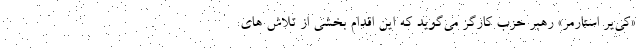
«کی‌یر استارمر» رهبر حزب کارگر می‌گوید که این اقدام بخشی از تلاش های